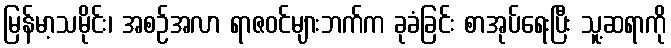
မြန်မာ့သမိုင်း၊ အစဉ်အလာ ရာဇဝင်များဘက်က ခုခံခြင်း စာအုပ်ရေးပြီး သူ့ဆရာကို